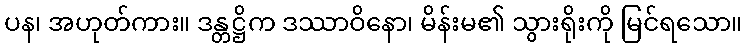
ပန၊ အဟုတ်ကား။ ဒန္တဋ္ဌိက ဒဿာဝိနော၊ မိန်းမ၏ သွားရိုးကို မြင်ရသော။